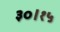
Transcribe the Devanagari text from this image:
३०।१५